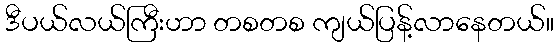
ဒီပယ်လယ်ကြီးဟာ တစတစ ကျယ်ပြန့်လာနေတယ်။